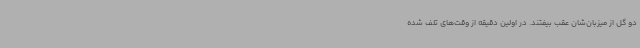
دو گل از میزبان‌شان عقب بیفتند. در اولین دقیقه از وقت‌های تلف شده